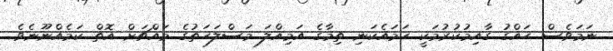
ނަމަވެސް ޙައްގު ގާއިމުކުރުމަކީ ހަމައެކަނި ތިމާގެ އަމިއްލަ މަސްލަހަތުގެ މައްޗަށް އޮތް ކަމެއްނޫނެވެ.